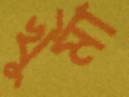
খুর্মা